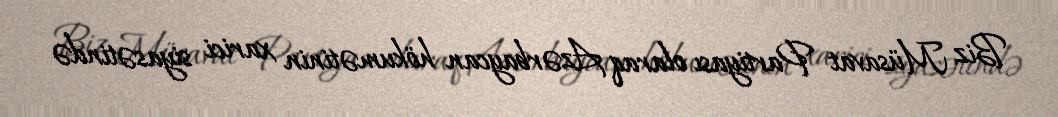
Biz Müsavat Partiyası olaraq Azərbaycan hökumətinin xarici siyasətində